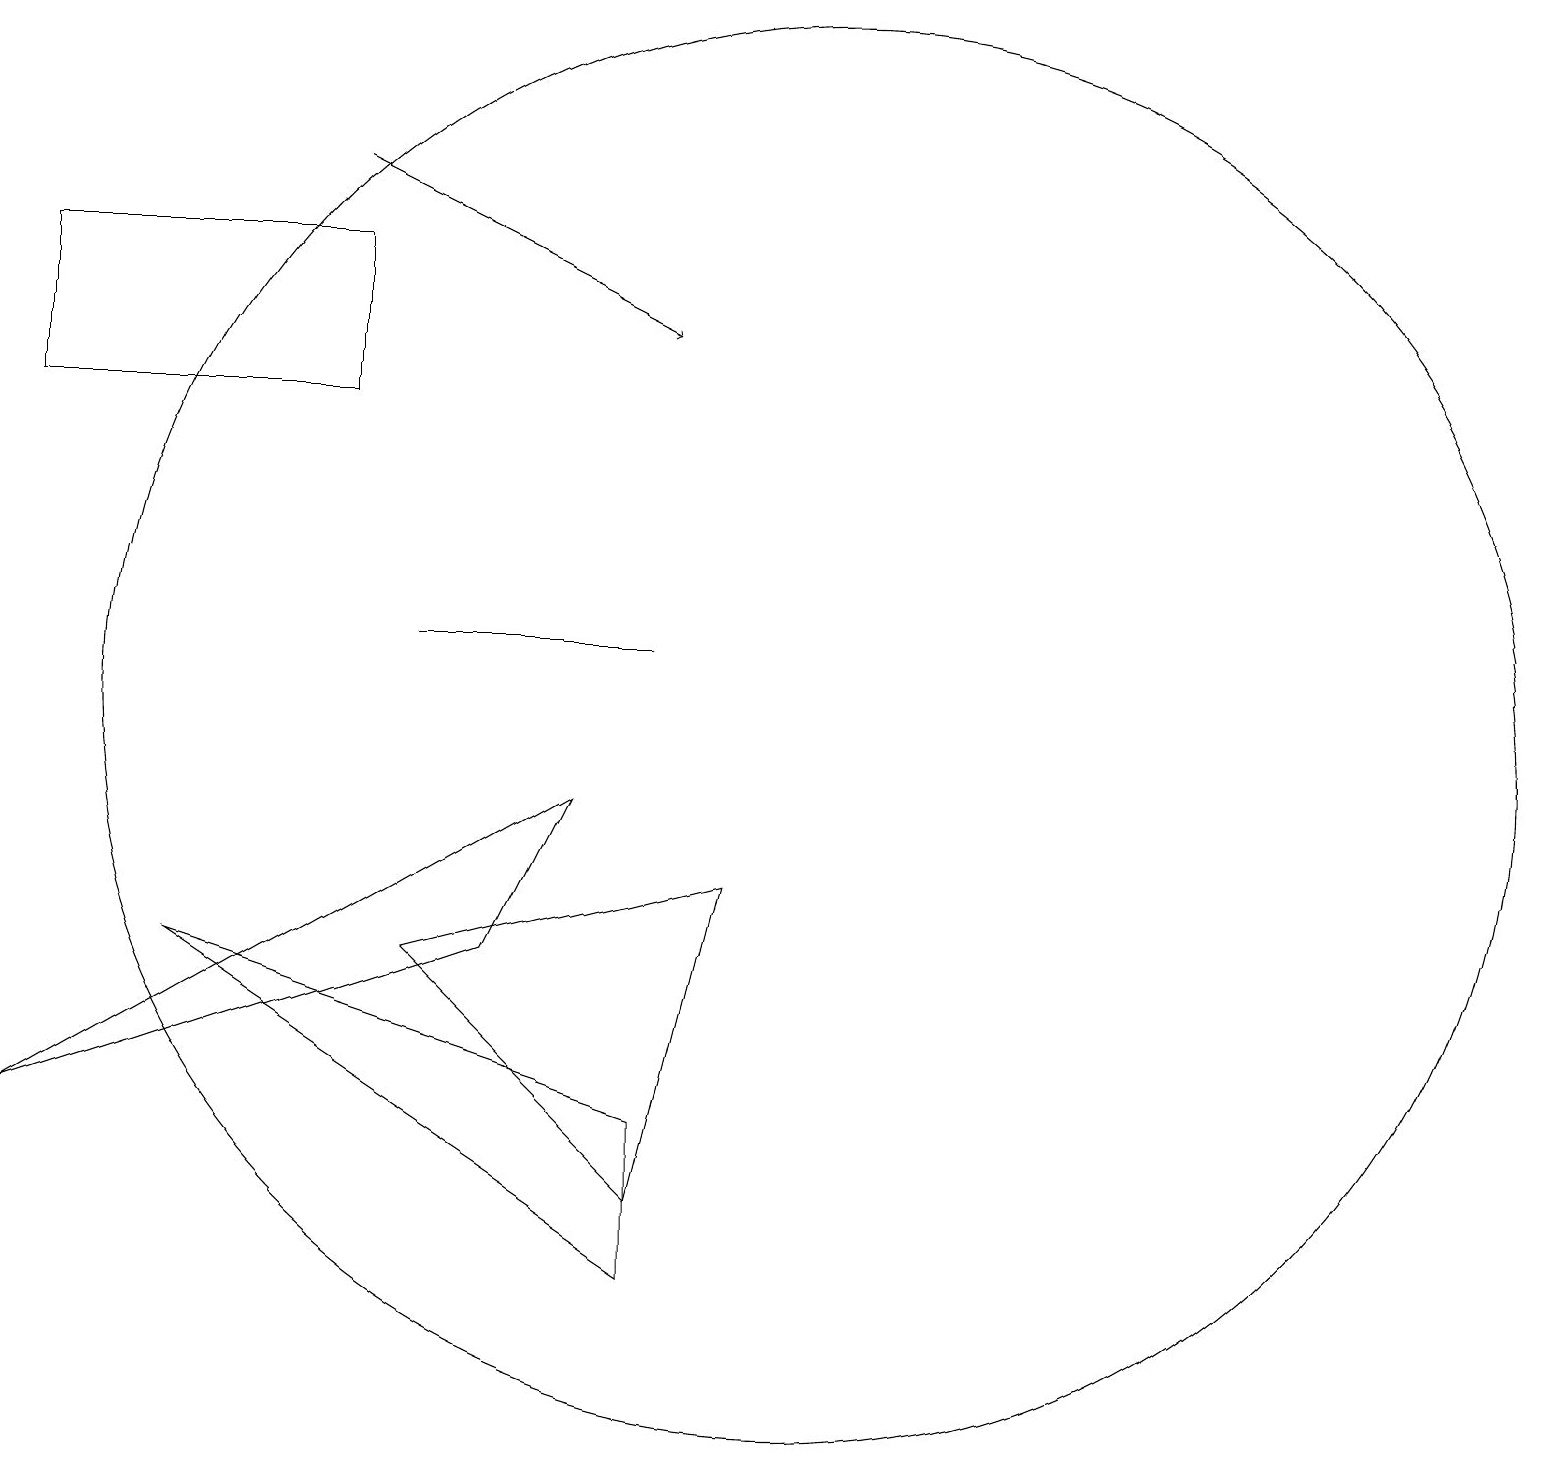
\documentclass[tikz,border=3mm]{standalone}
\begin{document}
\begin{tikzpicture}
\draw (4,14) rectangle (0,16);
\draw (8,11) rectangle (5,11);
\draw (10,10) circle (9);
\draw (0,5) -- (7,9) -- (6,7) -- cycle;
\draw[->] (4,17) -- (8,15);
\draw (9,8) -- (5,7) -- (8,4) -- cycle;
\draw (8,5) -- (2,7) -- (8,3) -- cycle;
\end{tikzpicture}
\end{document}